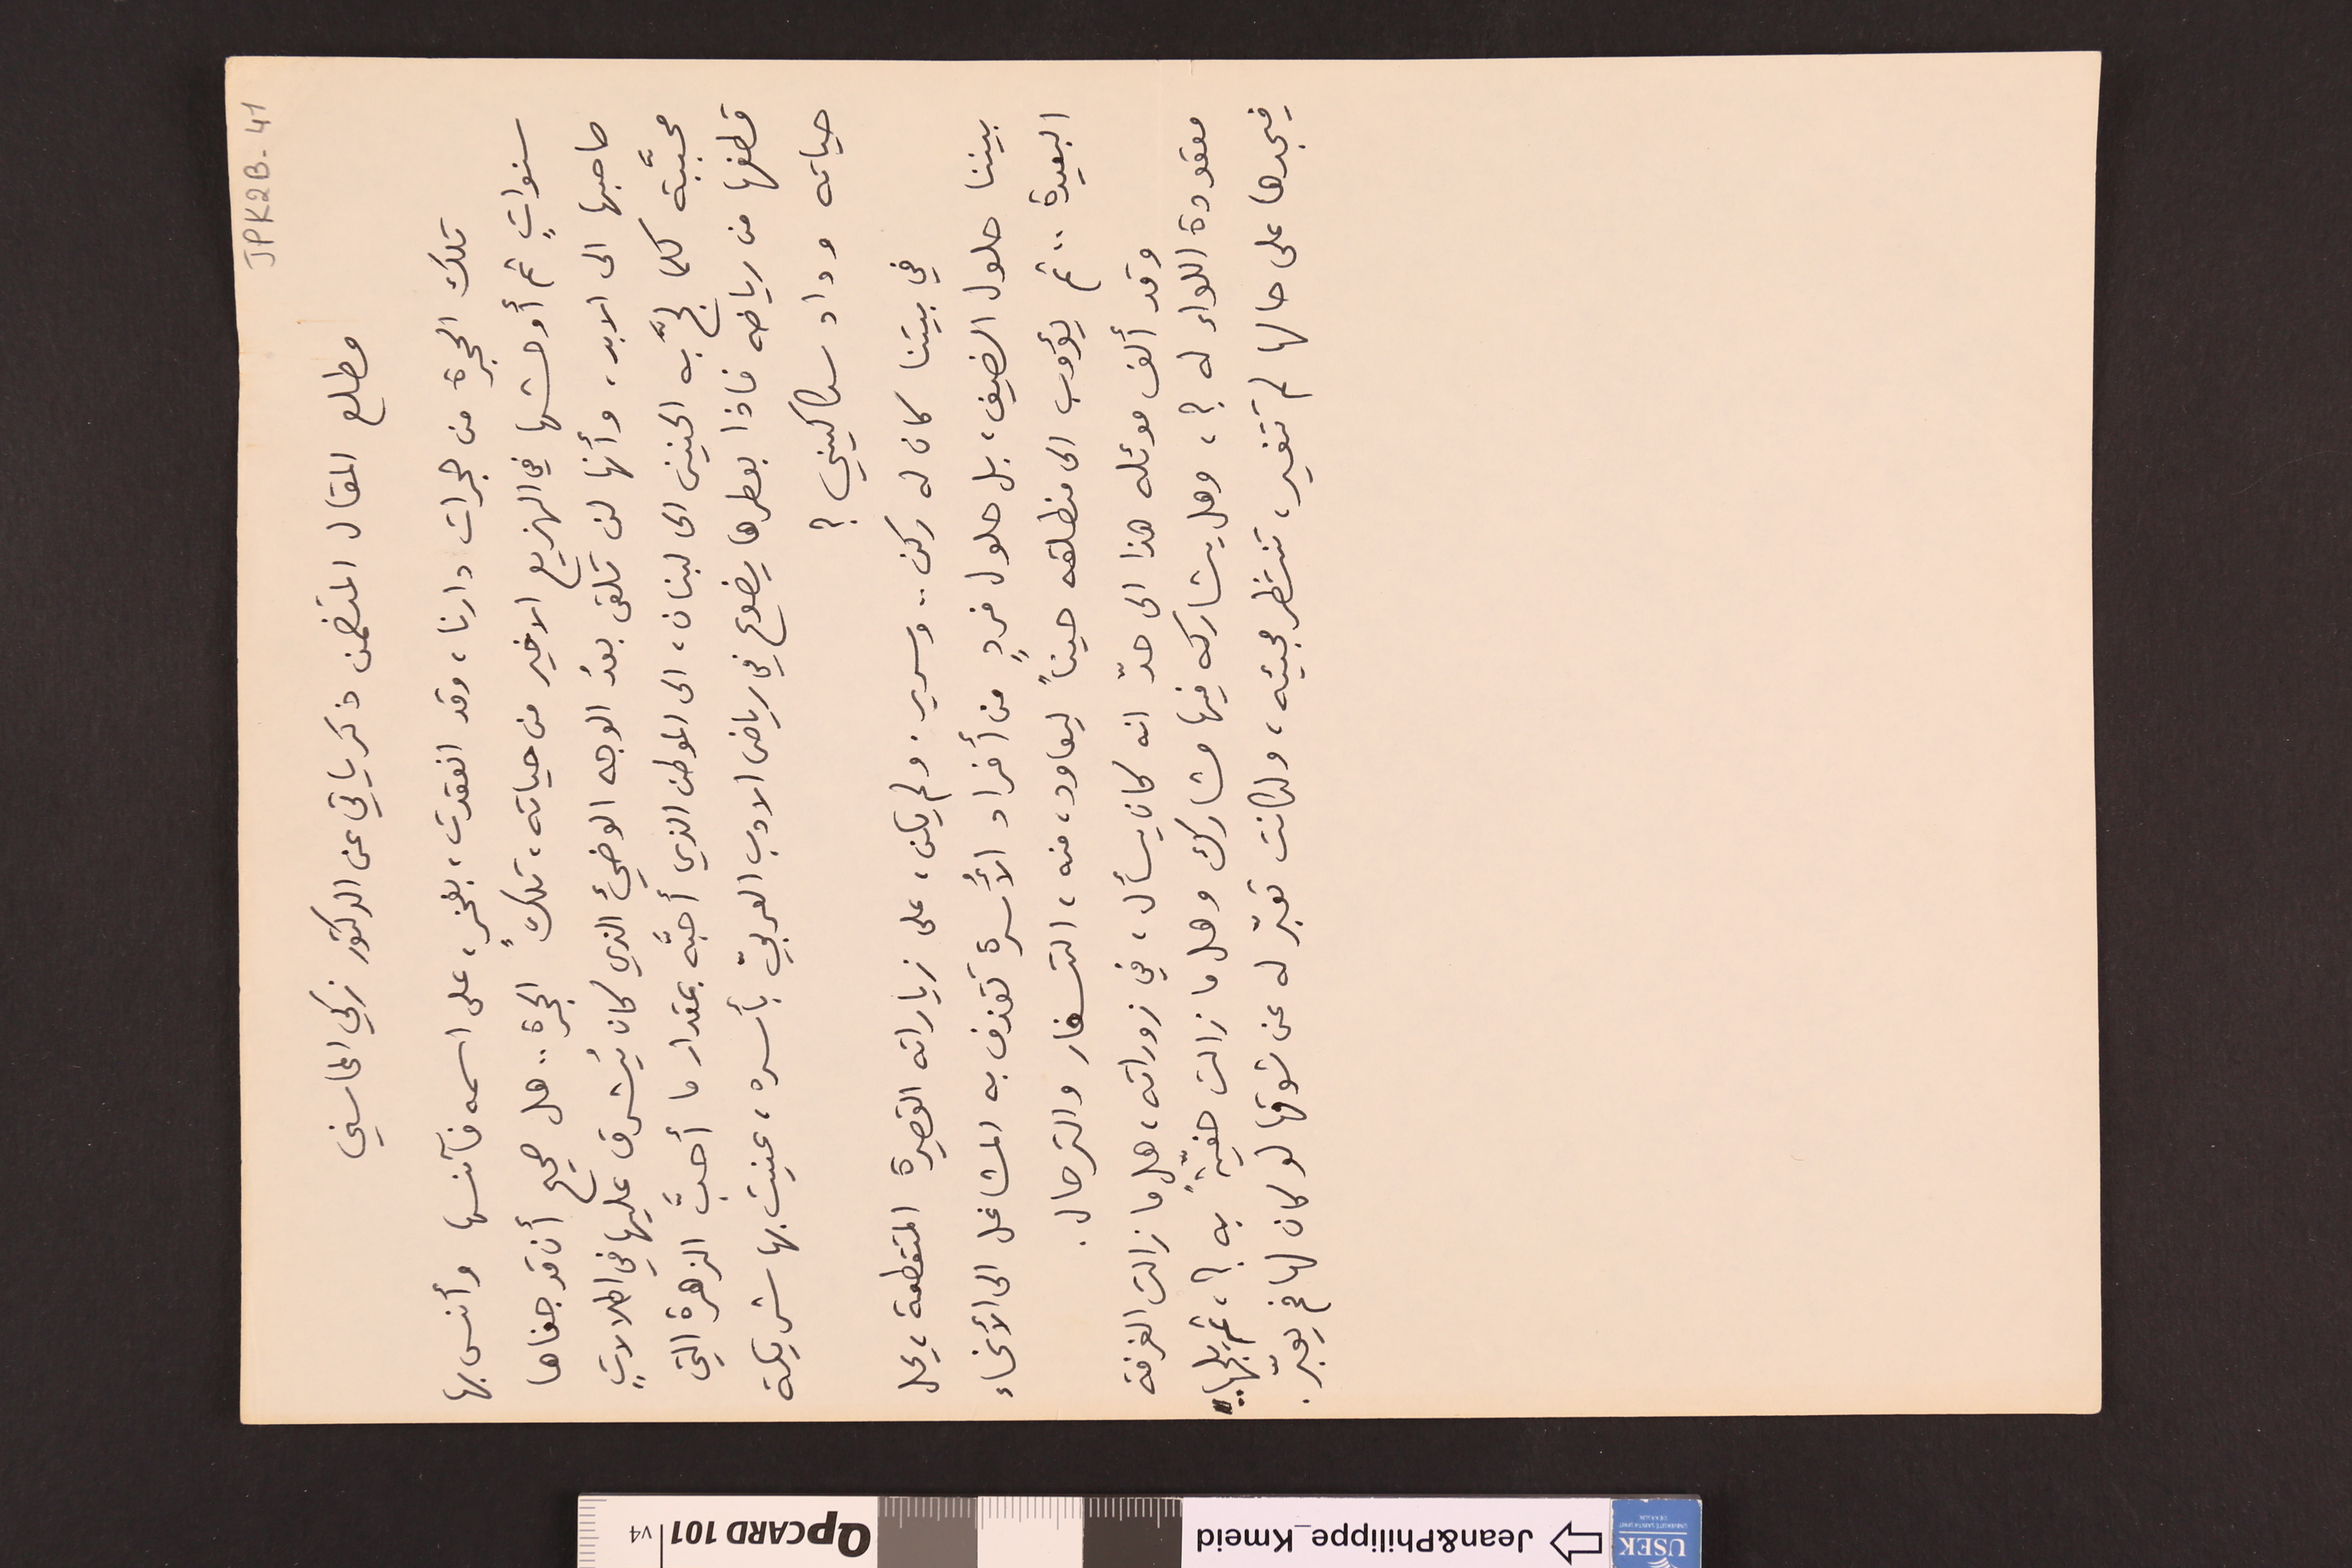
JPK2B-41
مطلع المقال المتضمن ذكرياتي عن الدكتور زكي المحاسني
تلك الحجرة من حجرات دارنا، وقد انعقدت، بفخرٍ، على اسمه فآنسها وآنس بها
سنواتٍ ثم أوحشها في الهزيع الاخير من حياته، تلك الحجرة.. هل صحيح أن قد جفاها
صاحبها الى الابد، وأنها لن تلقى بعدُ الوجه الوضيء الذي كان يُشرق عليها في اطلالاتٍ
محبَّبة كلما لجَّ به الحنين الى لبنان، الى الموطن الذي أحبَّه بمقدار ما أحبَّ الزهرة التي
قطفها من رياضه فاذا بعطرها يضوع في رياض الادب العربيّ بأسره، عنيت بها شريكة
حياته وداد سكاكيني؟
في بيتنا كان له ركن .. وسرير. ولم يكن، على زياراته القصيرة المتقطعة، يحل
بيننا حلول الضيف، بل حلول فردٍ من أفراد الأُسرة تقذف به المشاغل على الأنحاء
البعيدة .. ثم يؤوب الى منطلقه حيناً ليعاود، منه، التسفار والترحال.
وقد ألف موئله هذا الى حدّ انه كان يسأل، في زوراته، هل ما زالت الغرفة
معقودة اللواء له ؟، وهل يشاركه فيها مشارك وهل ما زالت حفيّةً به؟، ثم يلجها..
فيجدها على حالها لم تتغير، تنتظر مجيئه، ولكانت تعبّر له عن شوقها لو كان لها فم يعبّر.